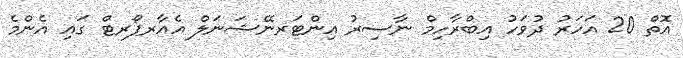
އޮތް 20 އަހަރު ދުވަހު އިބްރާހިމް ނާސިރު އިންޓަރނޭޝަނަލް އެއާރޕޯރޓް ގައި އެންމެ